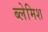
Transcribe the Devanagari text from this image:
ब्लेमिश